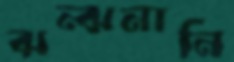
ঝন্‌ঝনানি